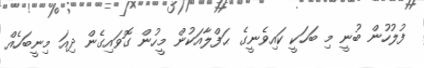
ފުލުހުން ބުނީ މި ބަހަކީ ކައިވެނީގެ ޙަފްލާއަކުން މީހުން ގޮވައިގެން ދިއަ މިނީބަހެއް